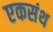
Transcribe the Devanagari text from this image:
एकसंथ